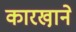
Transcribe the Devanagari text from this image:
कारखा़ने